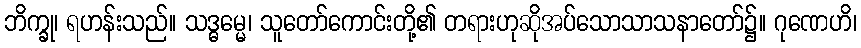
ဘိက္ခု၊ ရဟန်းသည်။ သဒ္ဓမ္မေ၊ သူတော်ကောင်းတို့၏ တရားဟုဆိုအပ်သောသာသနာတော်၌။ ဂုဏေဟိ၊